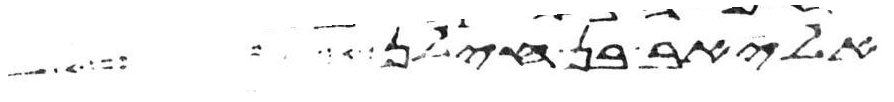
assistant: אליאב בן חילן